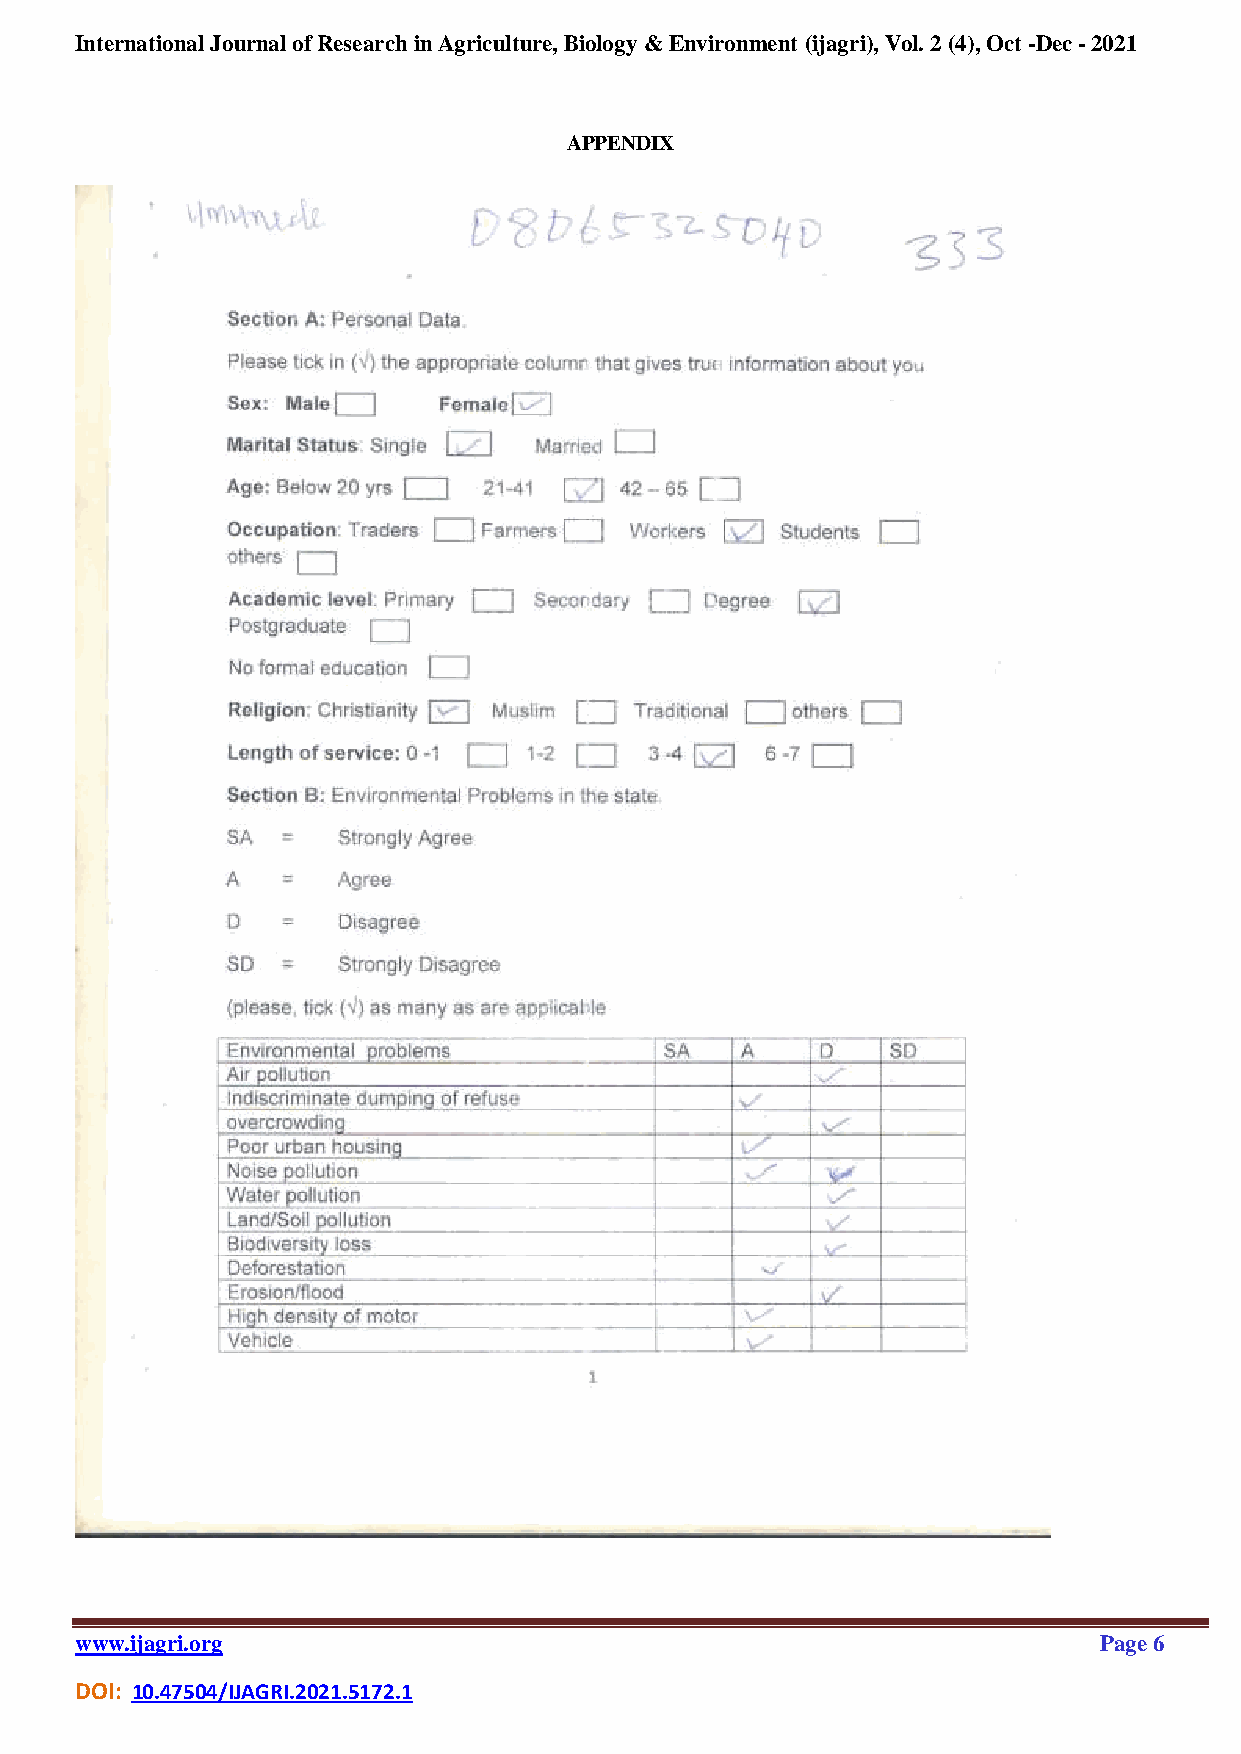
International Journal of Research in Agriculture, Biology & Environment (ijagri), Vol. 2 (4), Oct -Dec - 2021
 APPENDIX
 www.ijagri.org                                                      Page 6
 DOI: 10.47504/IJAGRI.2021.5172.1